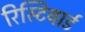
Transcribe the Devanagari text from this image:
रिस्टियार्ड